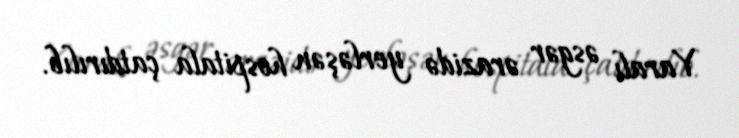
Yaralı əsgər ərazidə yerləşən hospitala çatdırılıb.